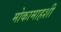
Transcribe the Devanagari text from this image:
मोकामाहशी